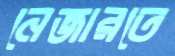
নেজারতে